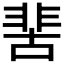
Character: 𩇵